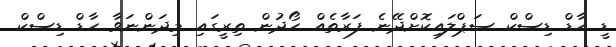
ޑީ ހާޑް ޑިސްކް ސަޕްލައިކޮށްދޭނެ ފަރާތެއް ހޯދުން ތިރީގައި މިދަންނަވާ ހާޑް ޑިސްކް